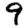
Digit: 9